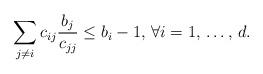
LaTeX: \begin{align*}\sum\limits_{j\ne i} c_{ij}\frac{b_{j}}{c_{jj}} \le b_{i}-1,\thinspace \forall i=1,\thinspace \mathellipsis ,\thinspace d.\end{align*}